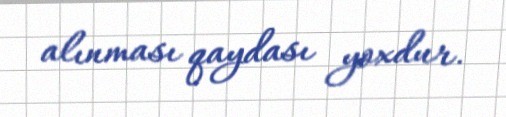
alınması qaydası yoxdur.